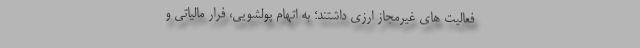
فعالیت‌ های غیرمجاز ارزی داشتند؛ به اتهام پولشویی، فرار مالیاتی و